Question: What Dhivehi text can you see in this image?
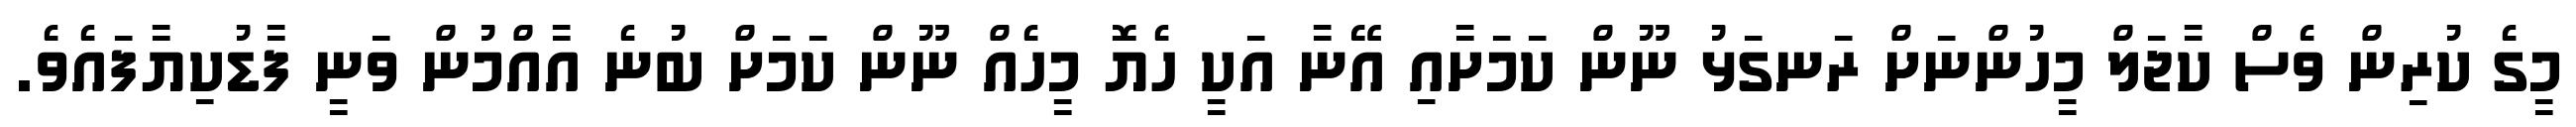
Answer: މީގެ ކުރިން ވެސް ކާޖަލް މީހުންނަށް ރަނގަޅު ނޫން ކަމަށާއި އޭނާ އަކީ ހެޔޮ މީހެއް ނޫން ކަމަށް ބުނެ އާއްމުން ވަނީ ފާޑުކިޔާފައެވެ.